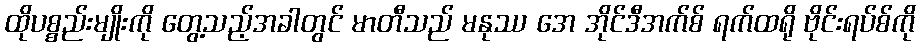
ထိုပစ္စည်းမျိုးကို တွေ့သည့်အခါတွင် မာတီသည် မနုဿ အေ အိုင်ဒီအက်စ် ရက်ထရို ဗိုင်းရပ်စ်ကို